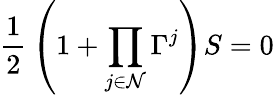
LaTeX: {\frac{1}{2}}\left(1+\prod_{j\in{\cal N}}\Gamma^{j}\right)S=0